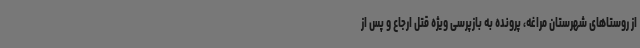
از روستاهای شهرستان مراغه، پرونده به بازپرسی ویژه قتل ارجاع و پس از